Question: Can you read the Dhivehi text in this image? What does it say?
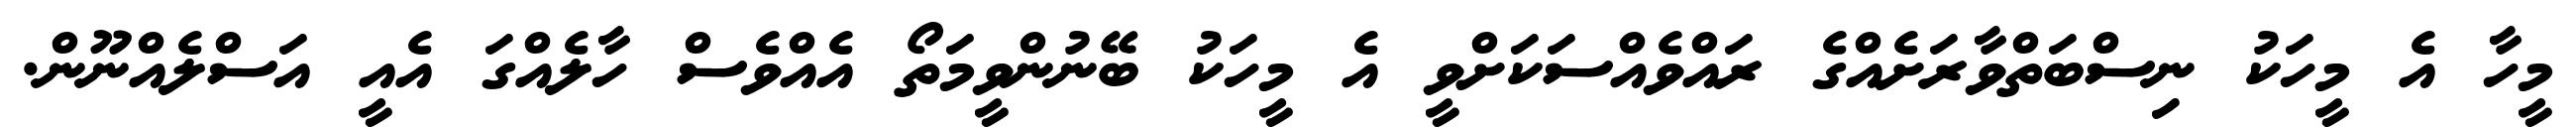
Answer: މީހާ އެ މީހަކު ނިސްބަތްވާރަށެއްގެ ރައްވެއްސަކަށްވީ އެ މީހަކު ބޭނުންވީމަތޯ އެއްވެސް ހާލެއްގަ އެއީ އަސްލެއްނޫން.